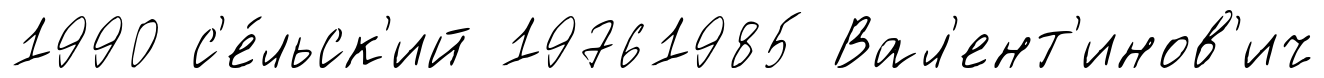
1990 с'е́льск'ий 19761985 Вал'ент'инов'ич